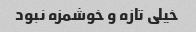
خیلی تازه و خوشمزه نبود